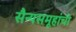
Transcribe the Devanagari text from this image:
सैन्यसमूहांची